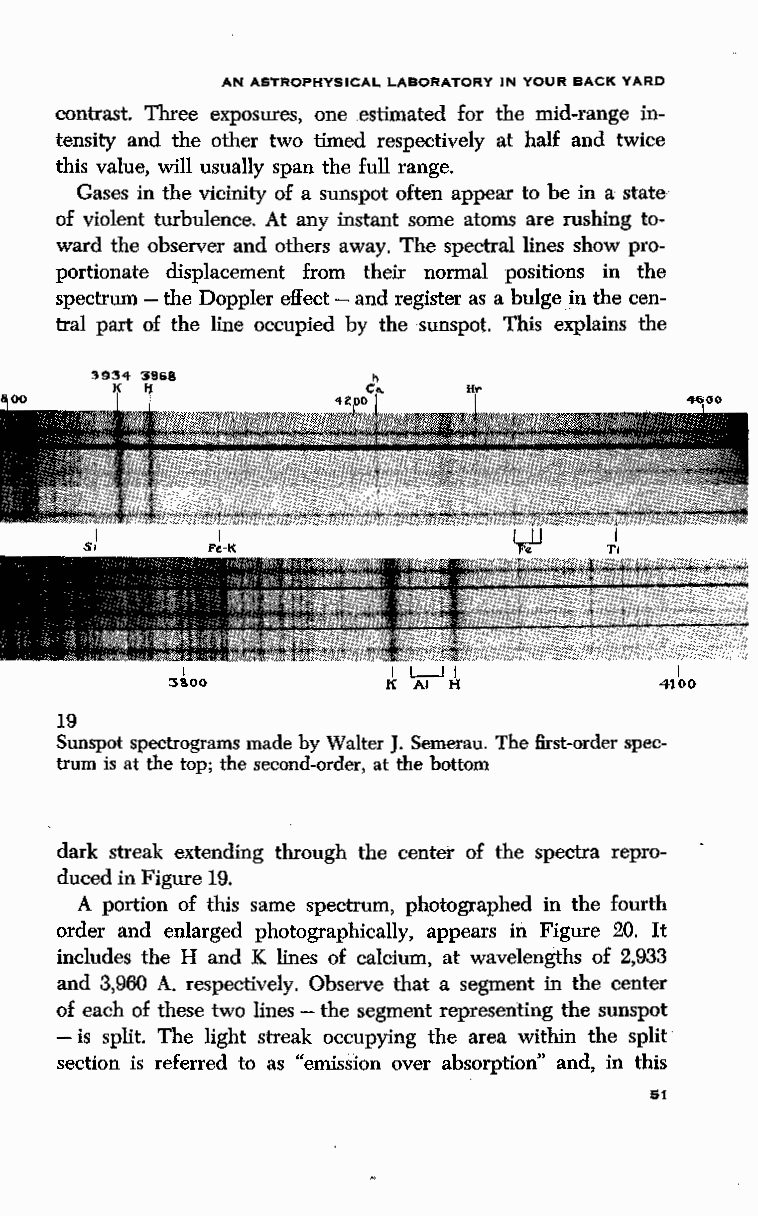
AN ASTROPHYSICAL LABORATORY IN YOUR BACK YARD
 contrast. Three exposures, one estimated for the mid-range in
 tensity and the other two timed respectively at half and twice
 this value, will usually span the full range.
 Gases in the vicinity of a sunspot often appear to be in a state
 of violent turbulence. At any instant some atoms are rushing to
 ward the observer and others away. The spectral lines show pro
 portionate displacement from their normal positions in the
 spectrum - the Doppler effect - and register as a bulge in the cen
 tral part of the line occupied by the sunspot. This explains the
 I             I L---1 I          I
 3&00           K AI H            4100
 19
 Sunspot spectrograms made by Walter J. Semerau. The first-order spec
 trum is at the top; the second-order, at the bottom
 dark streak extending through the center of the spectra repro
 duced in Figure 19.
 A portion of this same spectrum, photographed in the fourth
 order and enlarged photographically, appears in Figure 20. It
 includes the H and K lines of calcium, at wavelengths of 2,933
 and 3,960 A. respectively. Observe that a segment in the center
 of each of these two lines - the segment representing the sunspot
 - is split. The light streak occupying the area within the split
 section is referred to as "emission over absorption" and, in this
 51